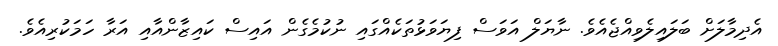
އެދިމާލަށް ބަލައިލެވިއްޖެއެވެ. ނާޔަލް އަވަސް ފިޔަވަޅުތަކެއްގައި ނުކުމެގެން އައިސް ކައިޒާންއާއި އަރާ ހަމަކުރިއެވެ.